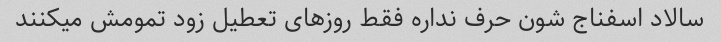
سالاد اسفناج شون حرف نداره فقط روزهای تعطیل زود تمومش میکنند